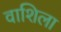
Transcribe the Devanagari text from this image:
वाशिला